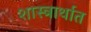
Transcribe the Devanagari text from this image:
शास्त्रार्थात